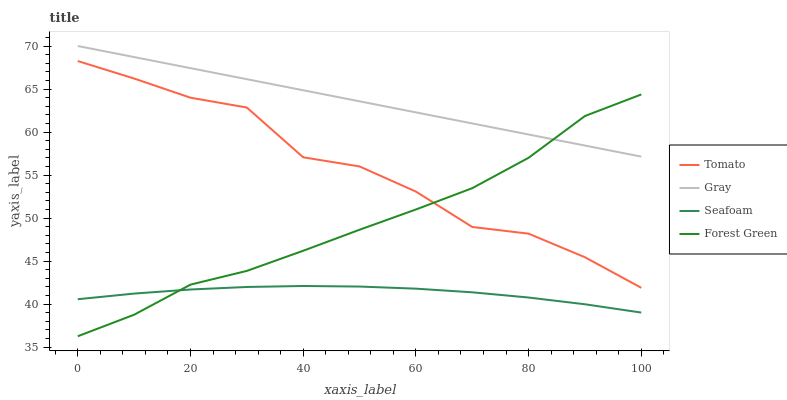
| xaxis_label | Tomato | Gray | Seafoam | Forest Green |
 | --- | --- | --- | --- | --- |
 | 0 | 68.3 | 70 | 40.6 | 36.3 |
 | 10 | 66.2 | 68.7 | 41.2 | 38.8 |
 | 20 | 64 | 67.4 | 41.7 | 42.3 |
 | 30 | 62.9 | 66.1 | 42 | 43.9 |
 | 40 | 57.1 | 64.9 | 42.1 | 46.2 |
 | 50 | 56 | 63.6 | 42 | 48.6 |
 | 60 | 53.1 | 62.3 | 41.8 | 51 |
 | 70 | 49 | 61 | 41.4 | 53.5 |
 | 80 | 48.2 | 59.7 | 40.8 | 57 |
 | 90 | 45.4 | 58.4 | 40 | 61.9 |
 | 100 | 41.9 | 57.1 | 39 | 64.4 |